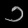
Digit: ၁